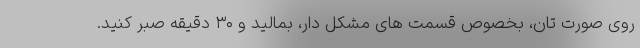
روی صورت تان، بخصوص قسمت های مشکل دار، بمالید و ۳۰ دقیقه صبر کنید.